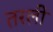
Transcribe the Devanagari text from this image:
तरली